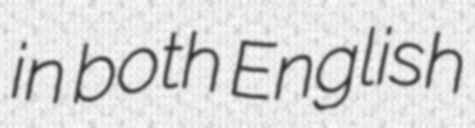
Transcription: in both English